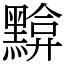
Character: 黭